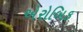
એરોબિક